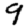
Digit: 9